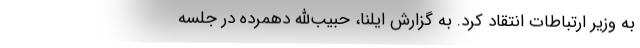
به وزیر ارتباطات انتقاد کرد. به گزارش ایلنا، حبیب‌الله دهمرده در جلسه